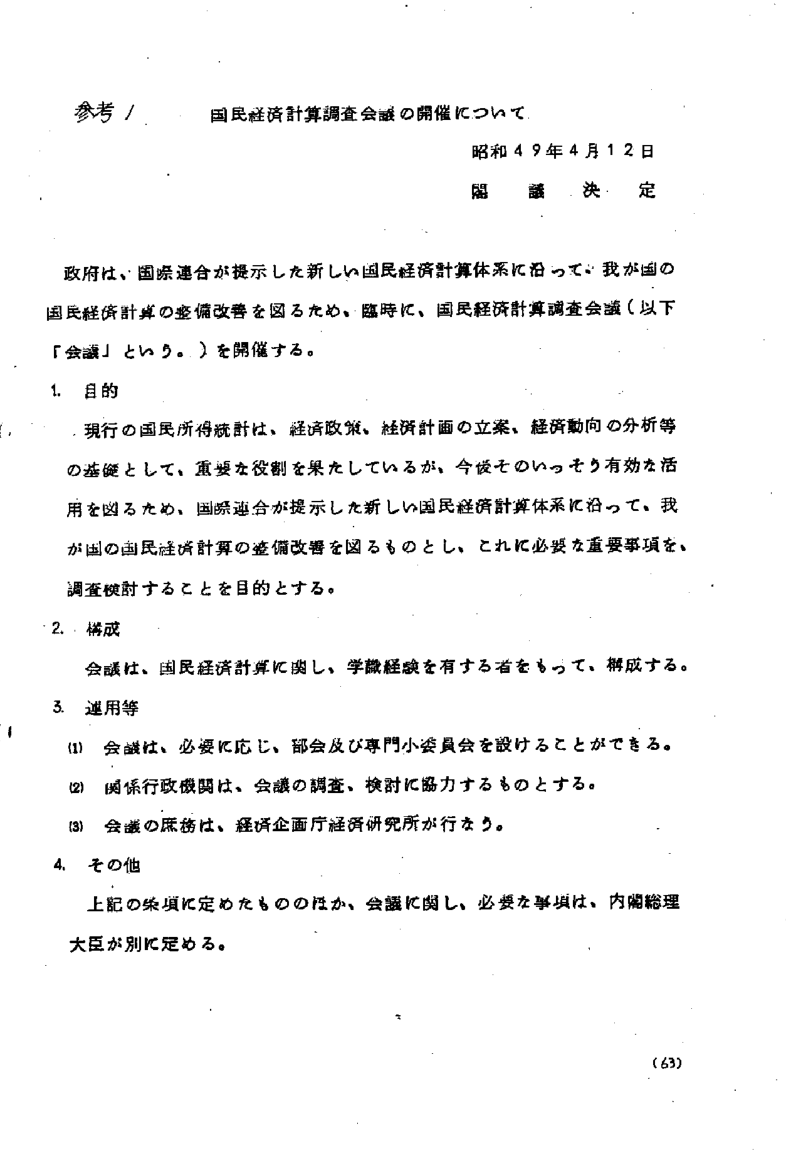
参考／ 国民経済計算調査会議の開催について
昭和49年4月12日
閣議決定

政府は、国際連合が提示した新しい国民経済計算体系に沿って、我が国の国民経済計算の整備改善を図るため、臨時に、国民経済計算調査会議（以下「会議」という。）を開催する。

1. 目的
現行の国民所得統計は、経済政策、経済計画の立案、経済動向の分析等の基礎として、重要な役割を果たしているが、今後そのいっそう有効な活用を図るため、国際連合が提示した新しい国民経済計算体系に沿って、我が国の国民経済計算の整備改善を図るものとし、これに必要な重要事項を、調査検討することを目的とする。

2. 構成
会議は、国民経済計算に関し、学識経験を有する者をもって、構成する。

3. 運用等
(1) 会議は、必要に応じ、部会及び専門小委員会を設けることができる。
(2) 関係行政機関は、会議の調査、検討に協力するものとする。
(3) 会議の庶務は、経済企画庁経済研究所が行なう。

4. その他
上記の条項に定めたもののほか、会議に関し、必要な事項は、内閣総理大臣が別に定める。

(63)